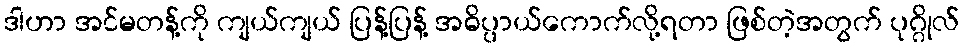
ဒါဟာ အင်မတန့်ကို ကျယ်ကျယ် ပြန့်ပြန့် အဓိပ္ပာယ်ကောက်လို့ရတာ ဖြစ်တဲ့အတွက် ပုဂ္ဂိုလ်